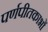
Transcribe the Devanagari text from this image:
पर्णपीतकाभों